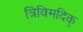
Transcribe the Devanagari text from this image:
त्रिविमदिक्